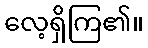
လေ့ရှိကြ၏။